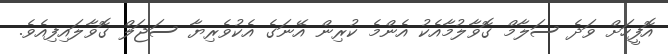
އޮފީހަށް ވަދެ ސަލާމް ގޮވާލުމާއެކު އެންމެ ކުރިން އޭނަގެ އެކުވެރިޔާ ސަޖަލް ގޮވާލައިފިއެވެ.